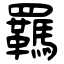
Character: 羈